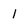
Character: 1